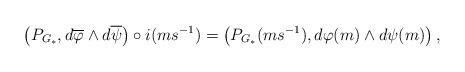
LaTeX: \begin{align*}\left(P_{G_*},d\overline{\varphi}\wedge d\overline{\psi}\right)\circ i(ms^{-1})=\left(P_{G_*}(ms^{-1}),d\varphi(m)\wedge d\psi(m)\right),\end{align*}